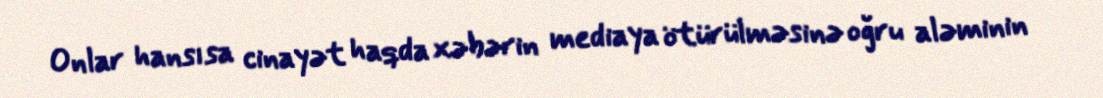
Onlar hansısa cinayət haqda xəbərin mediaya ötürülməsinə oğru aləminin